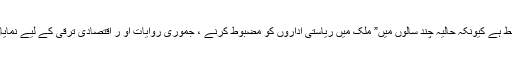
وفاقی وزیر کے بقول پاکستان کو کمزور سمجھنے کا تاثر غلط ہے کیونکہ حالیہ چند سالوں میں” ملک میں ریاستی اداروں کو مضبوط کرنے ، جموری روایات او ر اقتصادی ترقی کے لیے نمایاں اقدامات کیے گئے ہیں جن سے پاکستان مزید مستحکم ہوگا۔